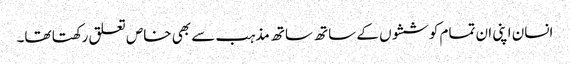
انسان اپنی ان تمام کوششوں کے ساتھ ساتھ مذہب سے بھی خاص تعلق رکھتا تھا۔